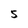
Character: 5